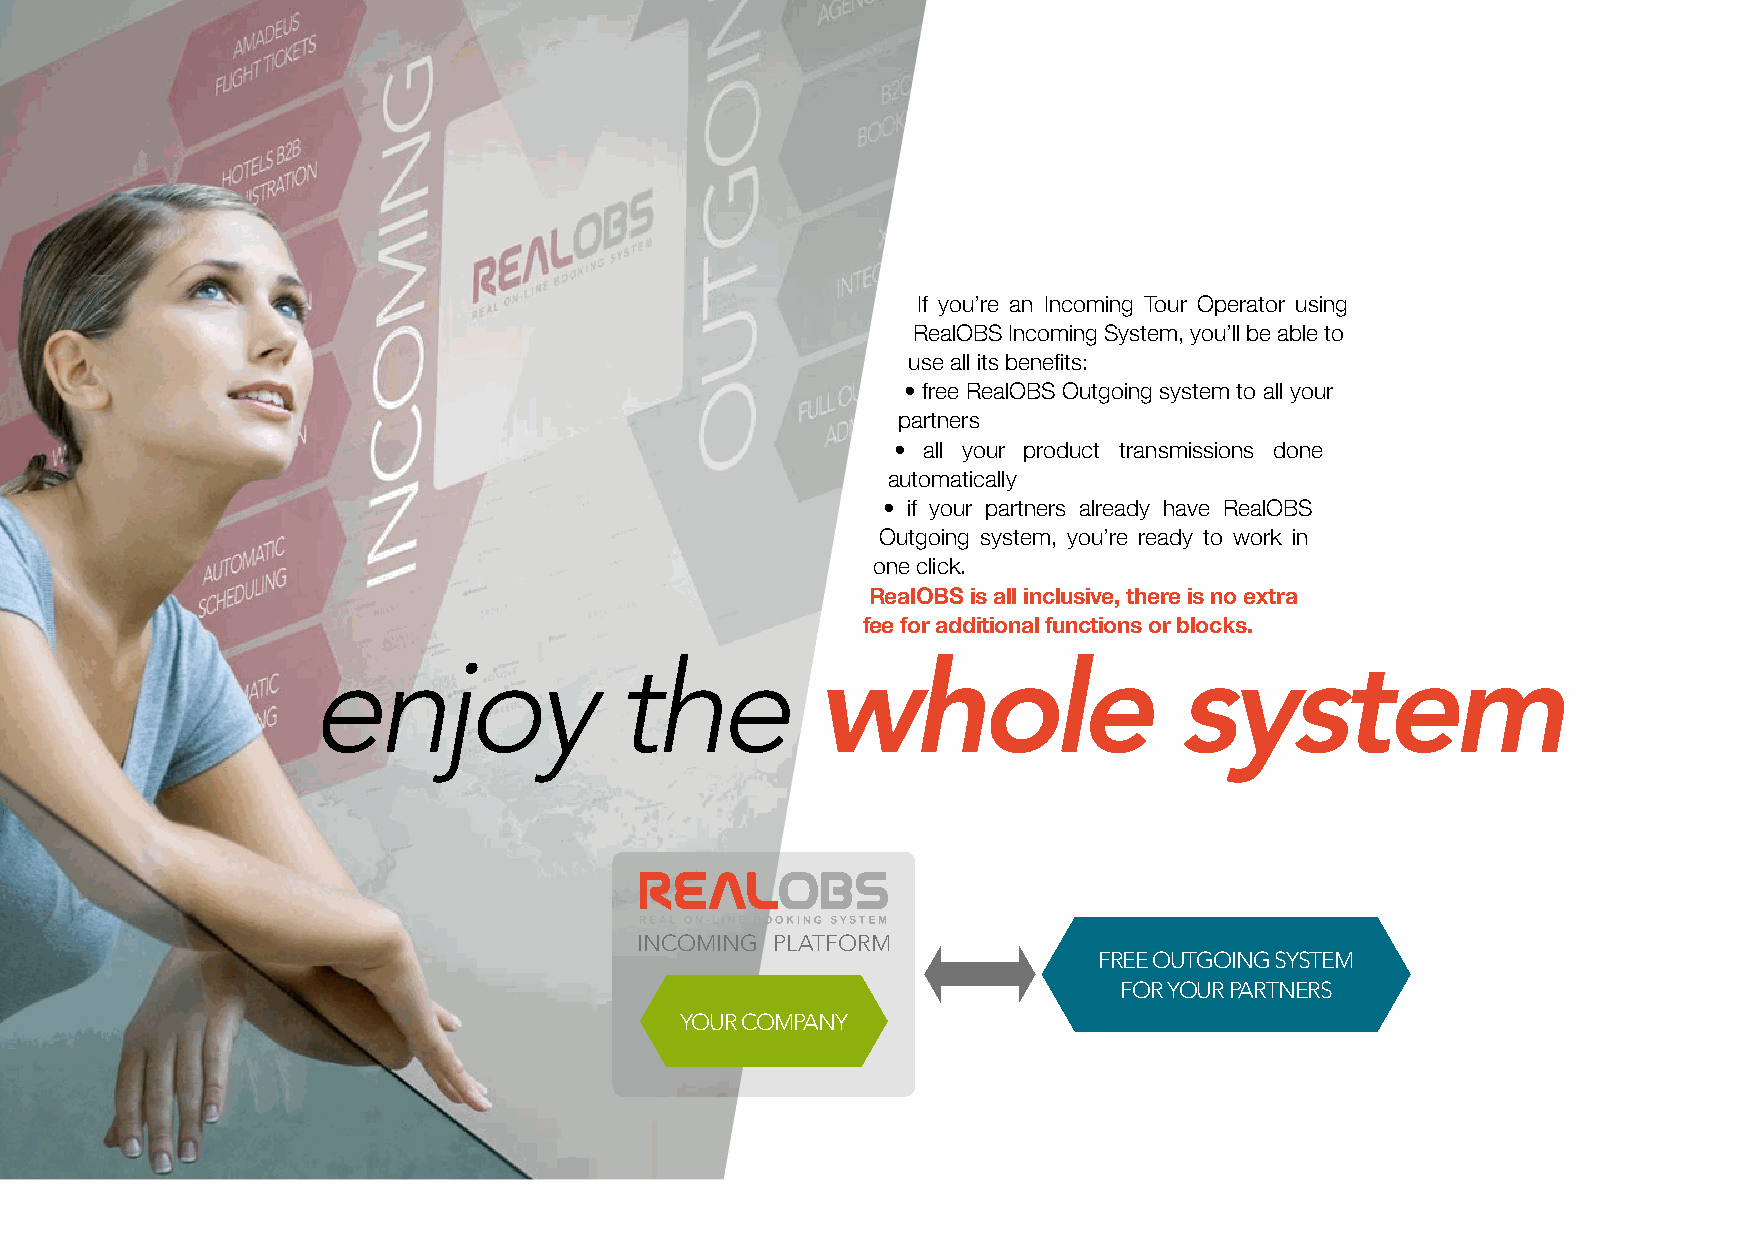
If you’re an Incoming Tour Operator using
 RealOBS Incoming System, you’ll be able to
 use all its benefits:
 • free RealOBS Outgoing system to all your
 partners
 • all your product transmissions done
 automatically
 • if your partners already have RealOBS
 Outgoing system, you’re ready to work in
 one click.
 RealOBS is all inclusive, there is no extra
 fee for additional functions or blocks.
 enjoy                the          whole                   system
 INCOMING PLATfORM
 fREE OUTGOING SySTEM
 fOR yOUR PARTNERS
 yOUR COMPANy